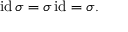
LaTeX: \operatorname { i d } \sigma = \sigma \operatorname { i d } = \sigma .